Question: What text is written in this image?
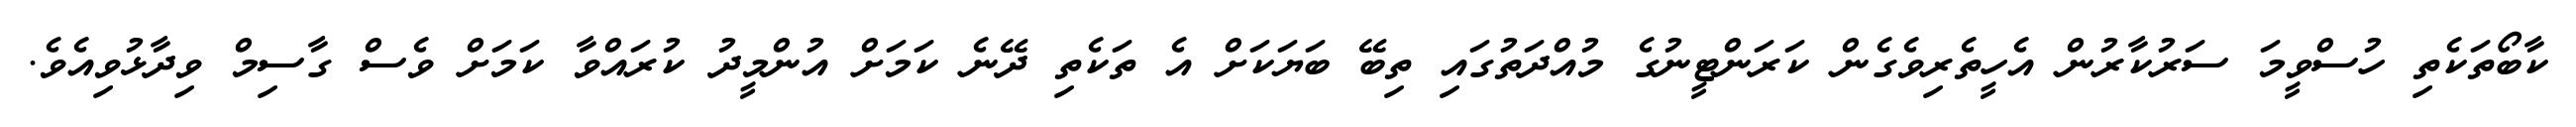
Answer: ކާބޯތަކެތި ހުސްވީމަ ސަރުކާރުން އެހީތެރިވެގެން ކަރަންޓީނުގެ މުއްދަތުގައި ތިބޭ ބަޔަކަށް އެ ތަކެތި ދޭނެ ކަމަށް އުންމީދު ކުރައްވާ ކަމަށް ވެސް ގާސިމް ވިދާޅުވިއެވެ.